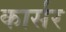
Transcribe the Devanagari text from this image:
कार्सर